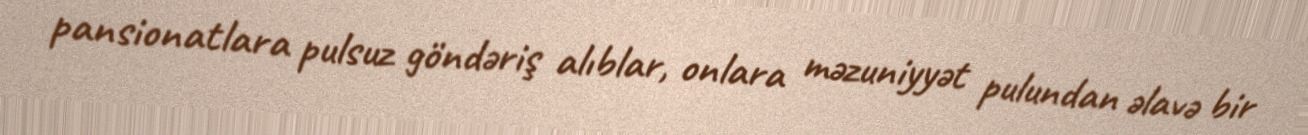
pansionatlara pulsuz göndəriş alıblar, onlara məzuniyyət pulundan əlavə bir